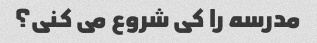
مدرسه را کی شروع می کنی؟